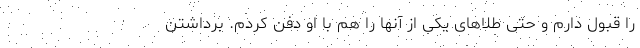
را قبول دارم و حتی طلاهای یکی از آنها را هم با او دفن کردم. برداشتن